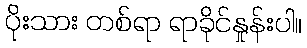
ပိုးသား တစ်ရာ ရာခိုင်နှုန်းပါ။